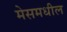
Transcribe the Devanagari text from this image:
मेसमधील